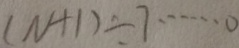
( N + 1 ) \div 7 \cdots 0